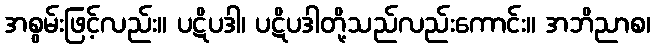
အစွမ်းဖြင့်လည်း။ ပဋိပဒါ၊ ပဋိပဒါတို့သည်လည်းကောင်း။ အဘိညာစ၊